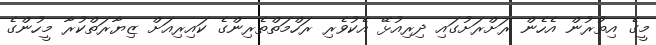
މީގެ އިތުރުން އެހެން ރަށްރަށުގައި ދިރިއުޅޭ އެކުވެރި ރަހްމަތްތެރިންގެ ކައިރިއަށް ޒިޔާރަތްކުރާ މީހުންގެ